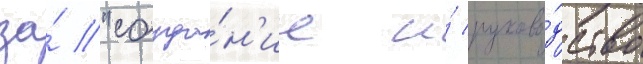
за́ "созда́н'ие и́ руково́дство